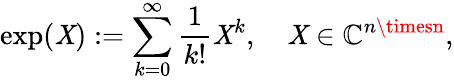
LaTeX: \exp(\mathit{X}):=\sum_{k=0}^{\infty}{\frac{{1}}{{k!}}}\mathit{X}^{k},\quad\mathit{X}\in\mathbb{{C}}^{n\timesn},